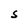
Character: S